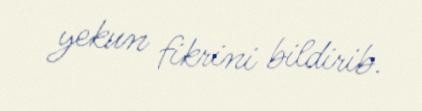
yekun fikrini bildirib.